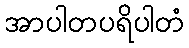
အာပါတပရိပါတံ